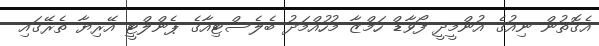
އެގޮތުން ނިއުގެ އުންމީދީ ފޯވާޑް ހަމްޒާ މުހުއްމަދު ބެލެސްޓިއާގެ ޕެންލްޓީ އޭރިޔާ ތެރޭގައި